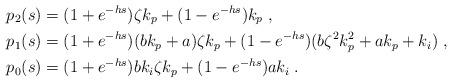
LaTeX: \begin{align*} p_2(s) &= (1+e^{-hs})\zeta k_p + (1-e^{-hs})k_{p} \;, \\ p_1(s) &= (1+e^{-hs})(bk_p+a)\zeta k_p + (1-e^{-hs})(b\zeta^2k_p^2+ak_p+k_i) \;, \\ p_0(s) &= (1+e^{-hs})bk_i \zeta k_p + (1-e^{-hs}) a k_i \;.\end{align*}